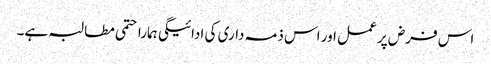
اس فرض پر عمل اور اس ذمہ داری کی ادائیگی ہمارا حتمی مطالبہ ہے۔